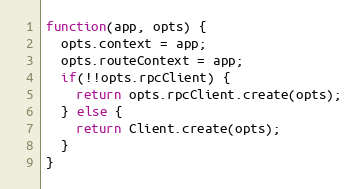
Language: JavaScript
function(app, opts) {
  opts.context = app;
  opts.routeContext = app;
  if(!!opts.rpcClient) {
    return opts.rpcClient.create(opts);
  } else {
    return Client.create(opts);
  }
}